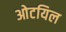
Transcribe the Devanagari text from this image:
ओटयिल